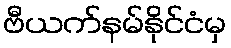
ဗီယက်နမ်နိုင်ငံမှ